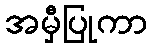
အမှီပြုကာ